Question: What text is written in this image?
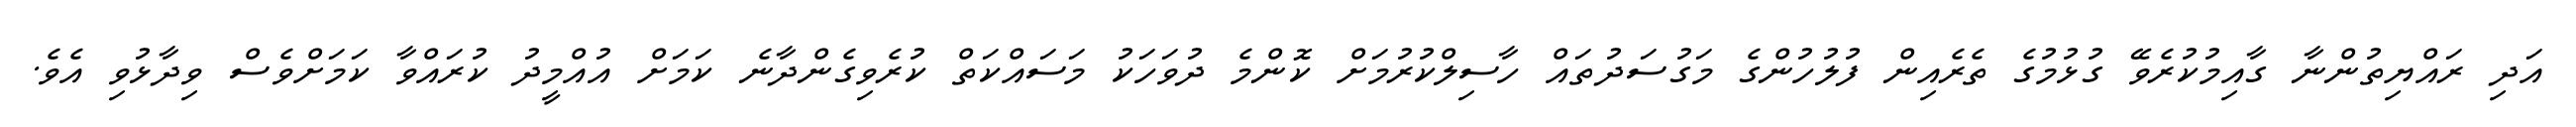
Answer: އަދި ރައްޔިތުންނާ ގާއިމުކުރެވޭ ގުޅުމުގެ ތެރެއިން ފުލުހުންގެ މަގުސަދުތައް ހާސިލްކުރުމަށް ކޮންމެ ދުވަހަކު މަސައްކަތް ކުރެވިގެންދާނެ ކަމަށް އުއްމީދު ކުރައްވާ ކަމަށްވެސް ވިދާޅުވި އެވެ.